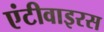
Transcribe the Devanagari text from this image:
एंटीवाइरस